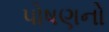
પોષણનો